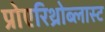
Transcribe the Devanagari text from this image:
प्रोएरिथ्रोब्लास्ट